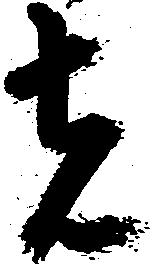
者